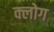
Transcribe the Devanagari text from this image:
क्लोग